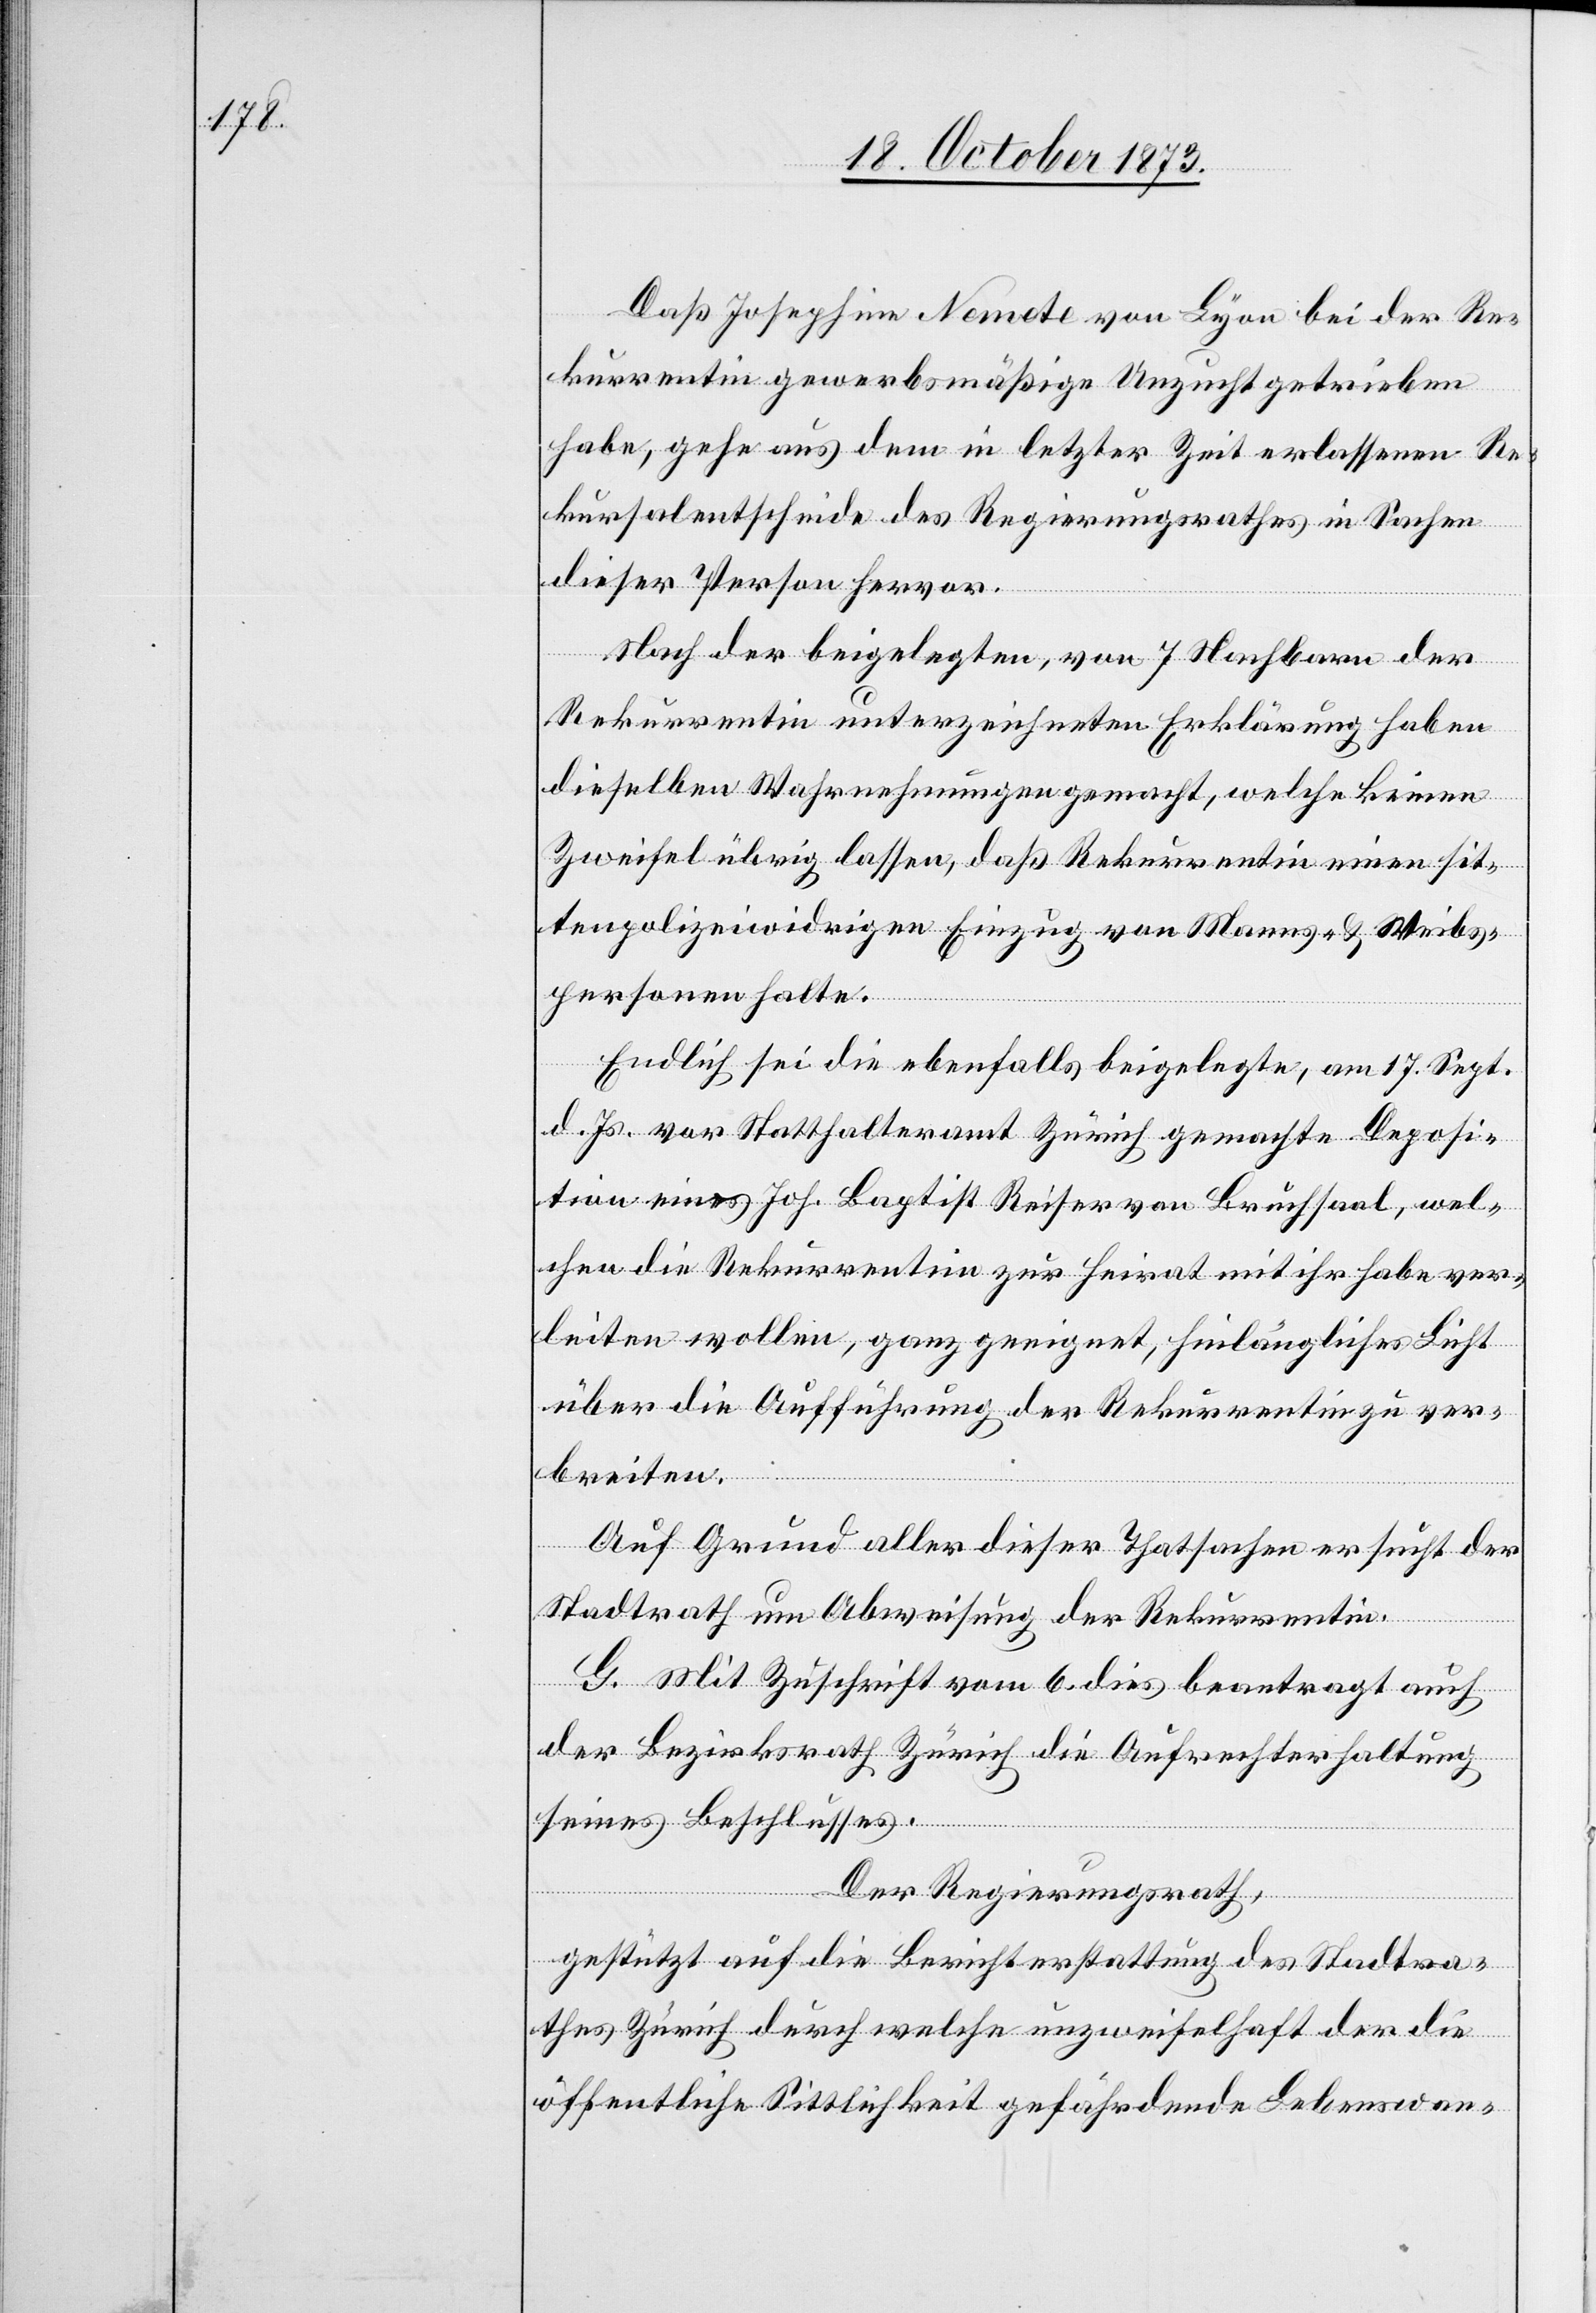
Daß Josephine Nemete von Lyon bei der Re¬
kurrentin gewerbsmäßige Unzucht getrieben
habe, gehe aus dem in letzter Zeit erlassenen Re¬
kursalentscheide des Regierungsrathes in Sachen
dieser Person hervor.
Nach der beigelegten, von 7 Nachbarn der
Rekurrentin unterzeichneten Erklärung haben
dieselben Wahrnehmungen gemacht, welche keinen
Zweifel übrig lassen, daß Rekurrentin einen sit¬
tenpolizeiwidrigen Einzug von Manns- & Weibs¬
personen halte.
Endlich sei die ebenfalls beigelegte, am 17. Sept.
d. Js. vor Statthalteramt Zürich gemachte Deposi¬
tion eines Joh. Baptist Reiser von Bruchsaal, wel¬
chen die Rekurrentin zur Heirat mit ihr habe ver¬
leiten wollen, ganz geeignet, hinlängliches Licht
über die Aufführung der Rekurrentin zu ver¬
breiten.
Auf Grund aller dieser Thatsachen ersucht der
Stadtrath um Abweisung der Rekurrentin.
G. Mit Zuschrift vom 6. dies beantragt auch
der Bezirksrath Zürich die Aufrechterhaltung
seines Beschlusses.
Der Regierungsrath,
gestützt auf die Berichterstattung des Stadtra¬
thes Zürich durch welche unzweifelhaft der die
öffentliche Sittlichkeit gefährdende Lebenswan-